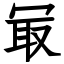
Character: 冣